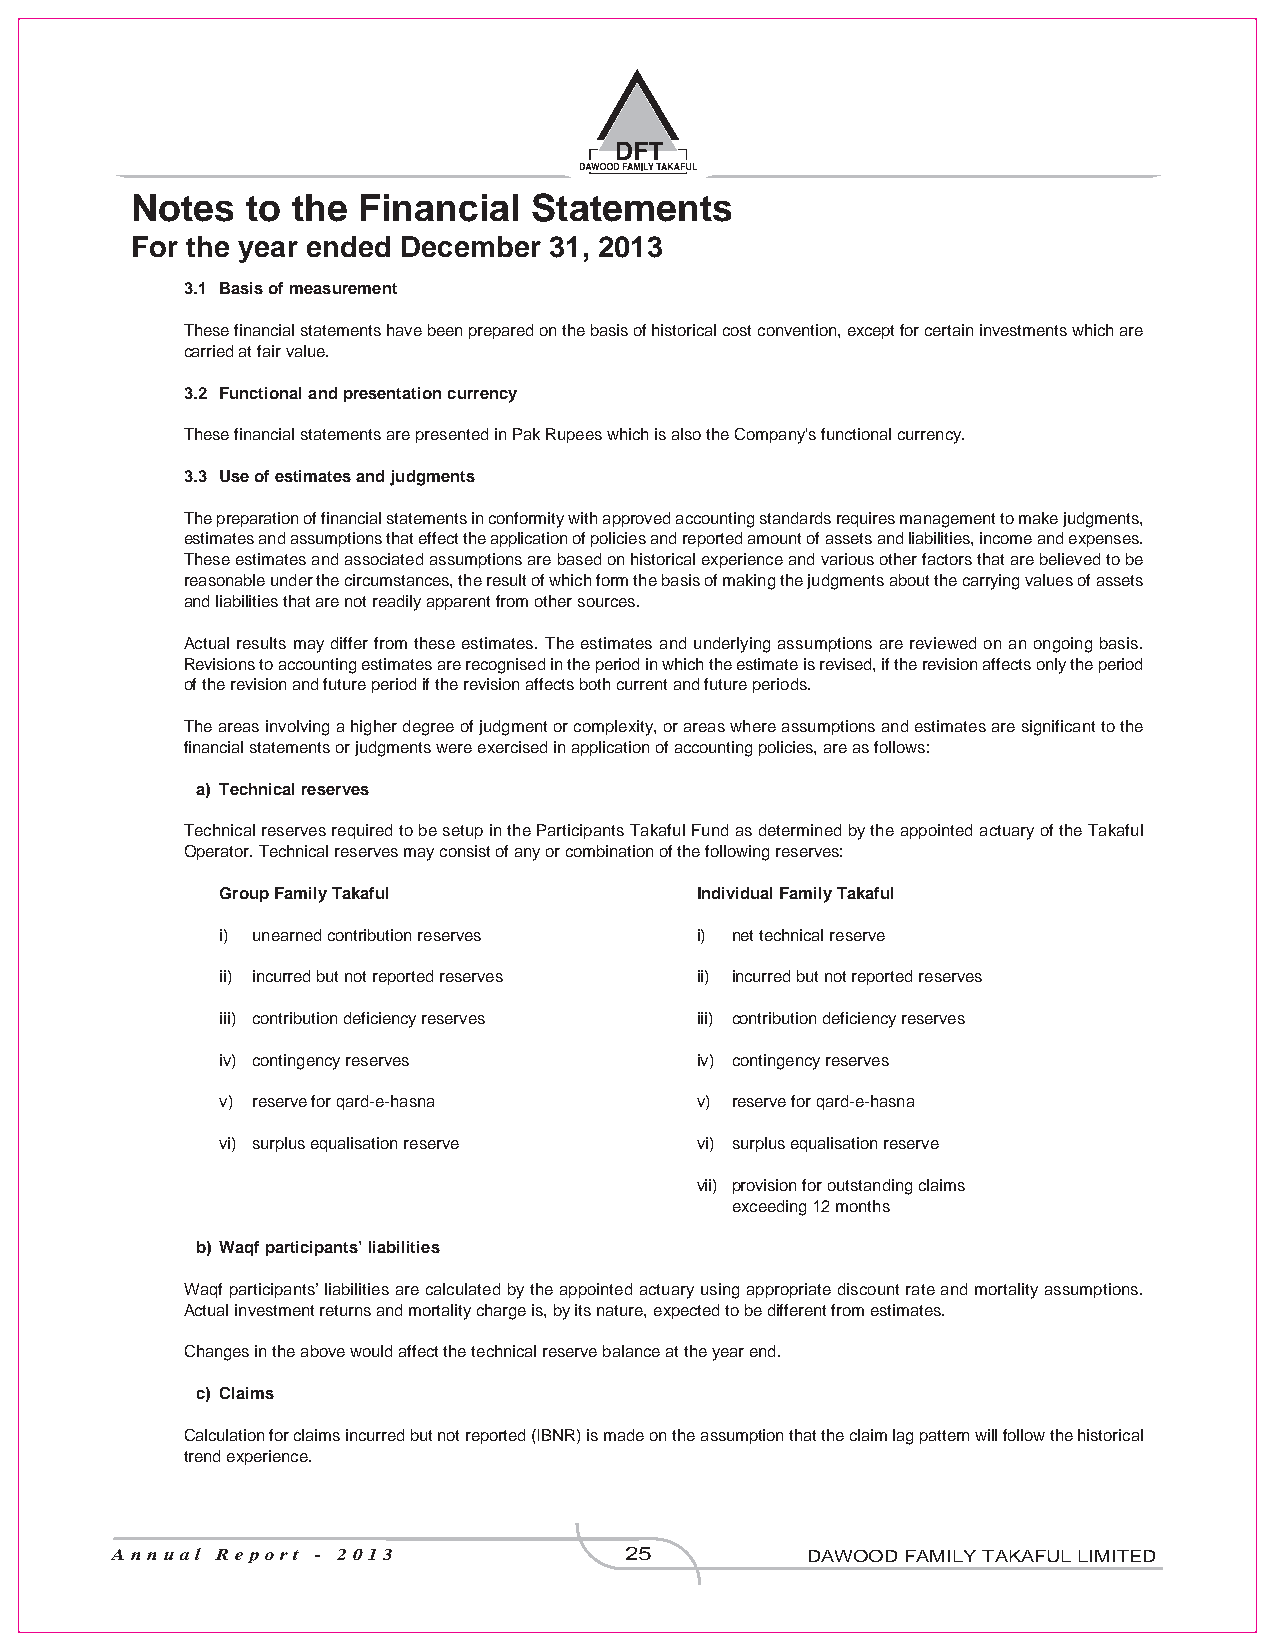
Notes  to the  Financial  Statements
 For the year ended December 31, 2013
 3.1 Basis of measurement
 These financial statements have been prepared on the basis of historical cost convention, except for certain investments which are
 carried at fair value.
 3.2 Functional and presentation currency
 These financial statements are presented in Pak Rupees which is also the Company's functional currency.
 3.3 Use of estimates and judgments
 The preparation of financial statements in conformity with approved accounting standards requires management to make judgments,
 estimates and assumptions that effect the application of policies and reported amount of assets and liabilities, income and expenses.These estimates and associated assumptions are based on historical experience and various other factors that are believed to bereasonable under the circumstances, the result of which form the basis of making the judgments about the carrying values of assetsand liabilities that are not readily apparent from other sources.
 Actual results may differ from these estimates. The estimates and underlying assumptions are reviewed on an ongoing basis.
 Revisions to accounting estimates are recognised in the period in which the estimate is revised, if the revision affects only the periodof the revision and future period if the revision affects both current and future periods.
 The areas involving a higher degree of judgment or complexity, or areas where assumptions and estimates are significant to the
 financial statements or judgments were exercised in application of accounting policies, are as follows:
 a) Technical reserves
 Technical reserves required to be setup in the Participants Takaful Fund as determined by the appointed actuary of the Takaful
 Operator. Technical reserves may consist of any or combination of the following reserves:
 Group Family Takaful           Individual Family Takaful
 i) unearned contribution reserves i) net technical reserve
 ii) incurred but not reported reserves ii) incurred but not reported reserves
 iii) contribution deficiency reserves iii) contribution deficiency reserves
 iv) contingency reserves       iv) contingency reserves
 v) reserve for qard-e-hasna    v) reserve for qard-e-hasna
 vi) surplus equalisation reserve vi) surplus equalisation reserve
 vii) provision for outstanding claimsexceeding 12 months
 b) Waqf participants’ liabilities
 Waqf participants’ liabilities are calculated by the appointed actuary using appropriate discount rate and mortality assumptions.
 Actual investment returns and mortality charge is, by its nature, expected to be different from estimates.
 Changes in the above would affect the technical reserve balance at the year end.
 c) Claims
 Calculation for claims incurred but not reported (IBNR) is made on the assumption that the claim lag pattern will follow the historical
 trend experience.
 Annual Report - 2013              25          DAWOOD FAMILY TAKAFUL LIMITED